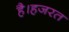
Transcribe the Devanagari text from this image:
है।हजरत